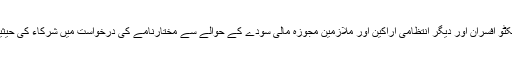
ادارہ اور اس کے متعدد ڈائریکٹرز، ایگزیکٹو افسران اور دیگر انتظامی اراکین اور ملازمین مجوزہ مالی سودے کے حوالے سے مختارنامے کی درخواست میں شرکاء کی حیثیت سے شمولیت کی استدعا کرسکتے ہیں۔